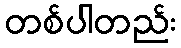
တစ်ပါတည်း